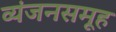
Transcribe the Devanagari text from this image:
व्यंजनसमूह